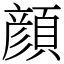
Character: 顔